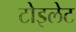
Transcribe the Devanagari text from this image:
टोइलेट